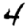
Digit: 4